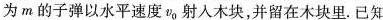
为m的子弹以水平速度v_{0}射入木块，并留在木块里.已知